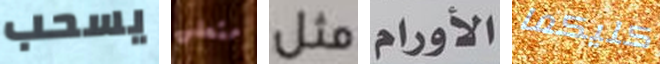
يسحب متعلق مثل الأورام كليكما